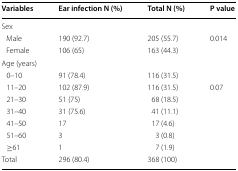
| Variables | Ear infection N (%) | Total N (%) | P value |
 | --- | --- | --- | --- |
 | <COLSPAN=4> Sex |
 | Male | 190 (92.7) | 205 (55.7) | 0.014 |
 | Female | 106 (65) | 163 (44.3) |  |
 | <COLSPAN=4> Age (years) |
 | 0–10 | 91 (78.4) | 116 (31.5) |  |
 | 11–20 | 102 (87.9) | 116 (31.5) | 0.07 |
 | 21–30 | 51 (75) | 68 (18.5) |  |
 | 31–40 | 31 (75.6) | 41 (11.1) |  |
 | 41–50 | 17 | 17 (4.6) |  |
 | 51–60 | 3 | 3 (0.8) |  |
 | ≥61 | 1 | 7 (1.9) |  |
 | Total | 296 (80.4) | 368 (100) |  |